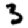
Digit: 3